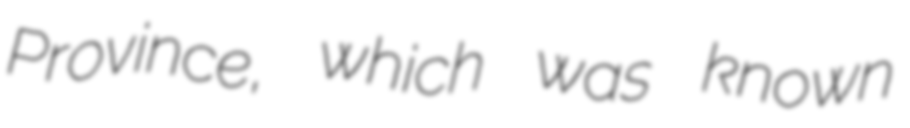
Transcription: Province, which was known